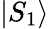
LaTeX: |S_{1}\rangle